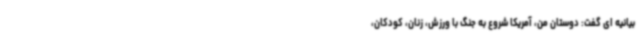
بیانیه ای گفت: دوستان من، آمریکا شروع به جنگ با ورزش، زنان، کودکان،